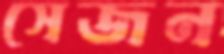
সেজন